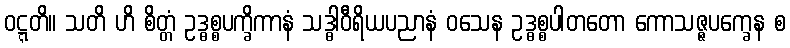
ဝဋ္ဋတိ။ သတိ ဟိ စိတ္တံ ဥဒ္ဓစ္စပက္ခိကာနံ သဒ္ဓါဝီရိယပညာနံ ဝသေန ဥဒ္ဓစ္စပါတတော ကောသဇ္ဇပက္ခေန စ